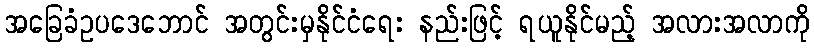
အခြေခံဥပဒေဘောင် အတွင်းမှနိုင်ငံရေး နည်းဖြင့် ရယူနိုင်မည့် အလားအလာကို